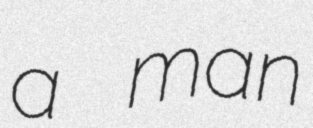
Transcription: a man